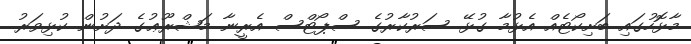
މާޅޮހުގައި ބަށިކޯޓެއް އެޅުމާ ގުޅޭ ސަރުކާރުގެ ސްޕޯޓްސް އެރީނާ މަޝްރޫޢުގެ ދަށުން ކުޅިވަރު